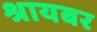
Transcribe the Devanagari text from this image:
श्रायबर